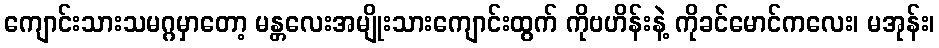
ကျောင်းသားသမဂ္ဂမှာတော့ မန္တလေးအမျိုးသားကျောင်းထွက် ကိုဗဟိန်းနဲ့ ကိုခင်မောင်ကလေး၊ မအုန်း၊